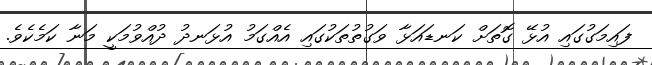
ފައިމަގުގައި އުޅޭ ގޮތަށް ކަނޑައަޅާ ވަގުތުތަކުގައި އެއްގަމު އުޅަނދު ދުއްވުމަކީ މަނާ ކަމެކެވެ.